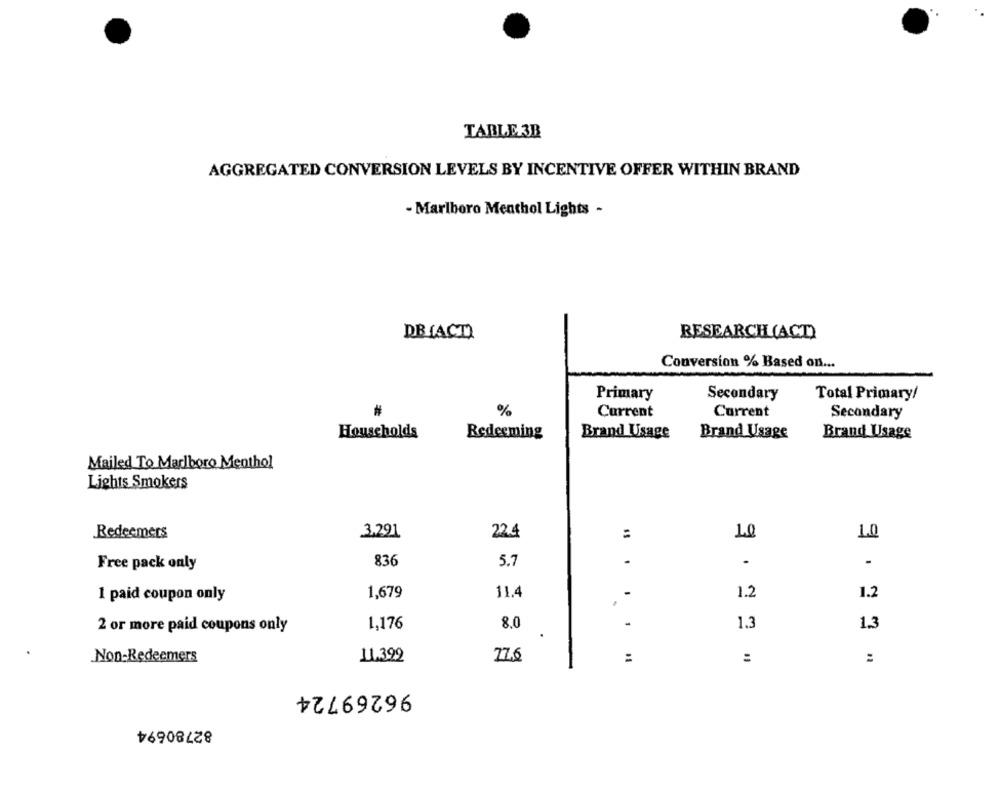
TABLE 3B
AGGREGATED CONVERSION LEVELS BY INCENTIVE OFFER WITHIN BRAND
- Marlboro Menthol Lights -
DBIACTI
RESEARCHLIACD)
Conversion % Based on ...
Primary
Secondary
Total Primary/
#
%
Current
Current
Secondary
Households
Redeeming
Brand Usage
Brand Usage
Brand Usage
Mailed To Marlboro Menthol
Lights Smokers
Redesmers
3,291
22.4
10
1.0
836
5.7
-
.
Free pack only
-
11.4
1.2
1 paid coupon only
1,679
1.2
.
1,176
8.0
-
1.3
1.3
2 or more paid coupons only
77.6
=
Non-Redeemers
11.392
:
:
96269724
82780694